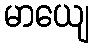
မာယျေ